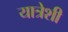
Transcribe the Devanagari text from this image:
यात्रेशी